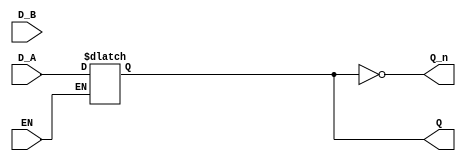
module dual_input_gated_latch (
    input wire D_A,      // Data Input A
    input wire D_B,      // Data Input B
    input wire EN,       // Enable signal
    output reg Q,        // Output Q
    output wire Q_n      // Complement of Q
);

// Assign the complement of Q
assign Q_n = ~Q;

// Always block to implement the latch behavior
always @ (EN or D_A or D_B) begin
    if (EN) begin
        // If EN is high, select which data input to latch
        // Here we prioritize D_A over D_B
        Q <= D_A; // Change this line if you want to select D_B instead
    end
    // If EN is low, Q retains its previous value
end

endmodule